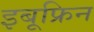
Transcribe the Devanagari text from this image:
इबूफ्रिन